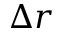
\Delta r